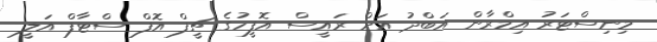
މިނިސްޓަރު އިމްރާން އަބްދު އަށް ރައީސް އޮފީހުގެ ޗީފް އޮފް ސްޓާފް އަލީ